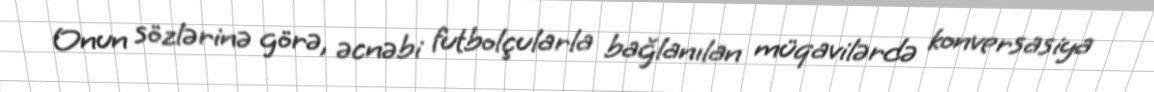
Onun sözlərinə görə, əcnəbi futbolçularla bağlanılan müqavilərdə konversasiya